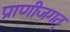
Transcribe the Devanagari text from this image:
प्राणीजगत्